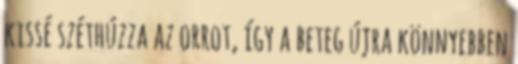
kissé széthúzza az orrot, így a beteg újra könnyebben